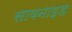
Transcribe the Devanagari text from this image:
सावनाइड